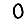
Digit: 0